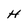
Character: H